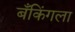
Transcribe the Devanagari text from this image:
बँकिंगला